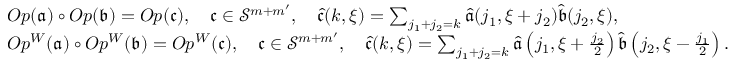
\begin{array} { r l } & { O p ( \mathfrak { a } ) \circ O p ( \mathfrak { b } ) = O p ( \mathfrak { c } ) , \quad \mathfrak { c } \in \mathcal { S } ^ { m + m ^ { \prime } } , \quad \widehat { \mathfrak { c } } ( k , \xi ) = \sum _ { j _ { 1 } + j _ { 2 } = k } \widehat { \mathfrak { a } } ( j _ { 1 } , \xi + j _ { 2 } ) \widehat { \mathfrak { b } } ( j _ { 2 } , \xi ) , } \\ & { O p ^ { W } ( \mathfrak { a } ) \circ O p ^ { W } ( \mathfrak { b } ) = O p ^ { W } ( \mathfrak { c } ) , \quad \mathfrak { c } \in \mathcal { S } ^ { m + m ^ { \prime } } , \quad \widehat { \mathfrak { c } } ( k , \xi ) = \sum _ { j _ { 1 } + j _ { 2 } = k } \widehat { \mathfrak { a } } \left( j _ { 1 } , \xi + \frac { j _ { 2 } } { 2 } \right) \widehat { \mathfrak { b } } \left( j _ { 2 } , \xi - \frac { j _ { 1 } } { 2 } \right) . } \end{array}